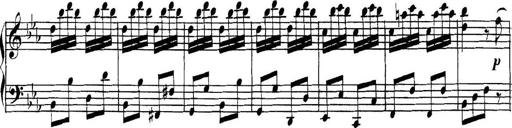
Title: Collected Piano Sonatas
Composer: Muzio Clementi